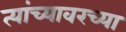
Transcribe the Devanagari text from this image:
त्यांच्यावरच्या